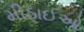
મીઠાઈઓ